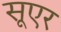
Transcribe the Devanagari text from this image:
सूएर